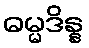
ဓမ္မဒိန္န